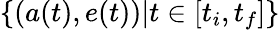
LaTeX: \{ (a(t),e(t))|t\in[t_{i},t_{f}]\}